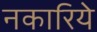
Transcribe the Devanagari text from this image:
नकारिये